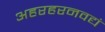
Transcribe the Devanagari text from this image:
अहरहरनवद्यं